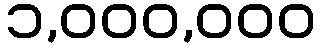
၁,၀၀၀,၀၀၀